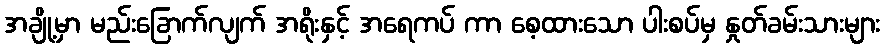
အချို့မှာ မည်းခြောက်လျက် အရိုးနှင့် အရေကပ် ကာ စေ့ထားသော ပါးစပ်မှ နှုတ်ခမ်းသားများ